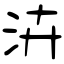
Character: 泋